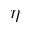
\eta